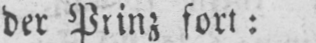
der Prinz fort: